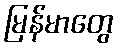
မြန်မာတွေ